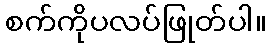
စက်ကိုပလပ်ဖြုတ်ပါ။